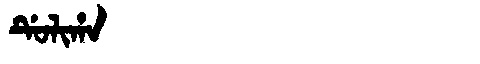
Manchu: ᡩᡠᠯᡳᡥᠠ
Romanization: DULIHA